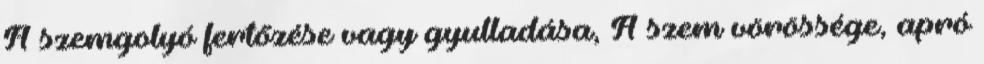
A szemgolyó fertőzése vagy gyulladása, A szem vörössége, apró